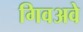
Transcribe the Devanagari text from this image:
गिवअवे